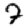
Digit: 7